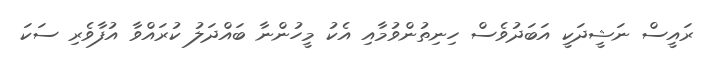
ރައީސް ނަޝީދަކީ އަބަދުވެސް ހިނިތުންވުމާއި އެކު މީހުންނާ ބައްދަލު ކުރައްވާ އުފާވެރި ސަކަ